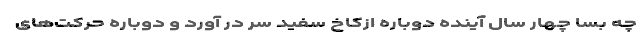
چه بسا چهار سال آینده دوباره ازکاخ سفید سر در آورد و دوباره حرکت‌های